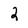
Character: 2